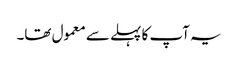
یہ آپ کا پہلے سے معمول تھا۔